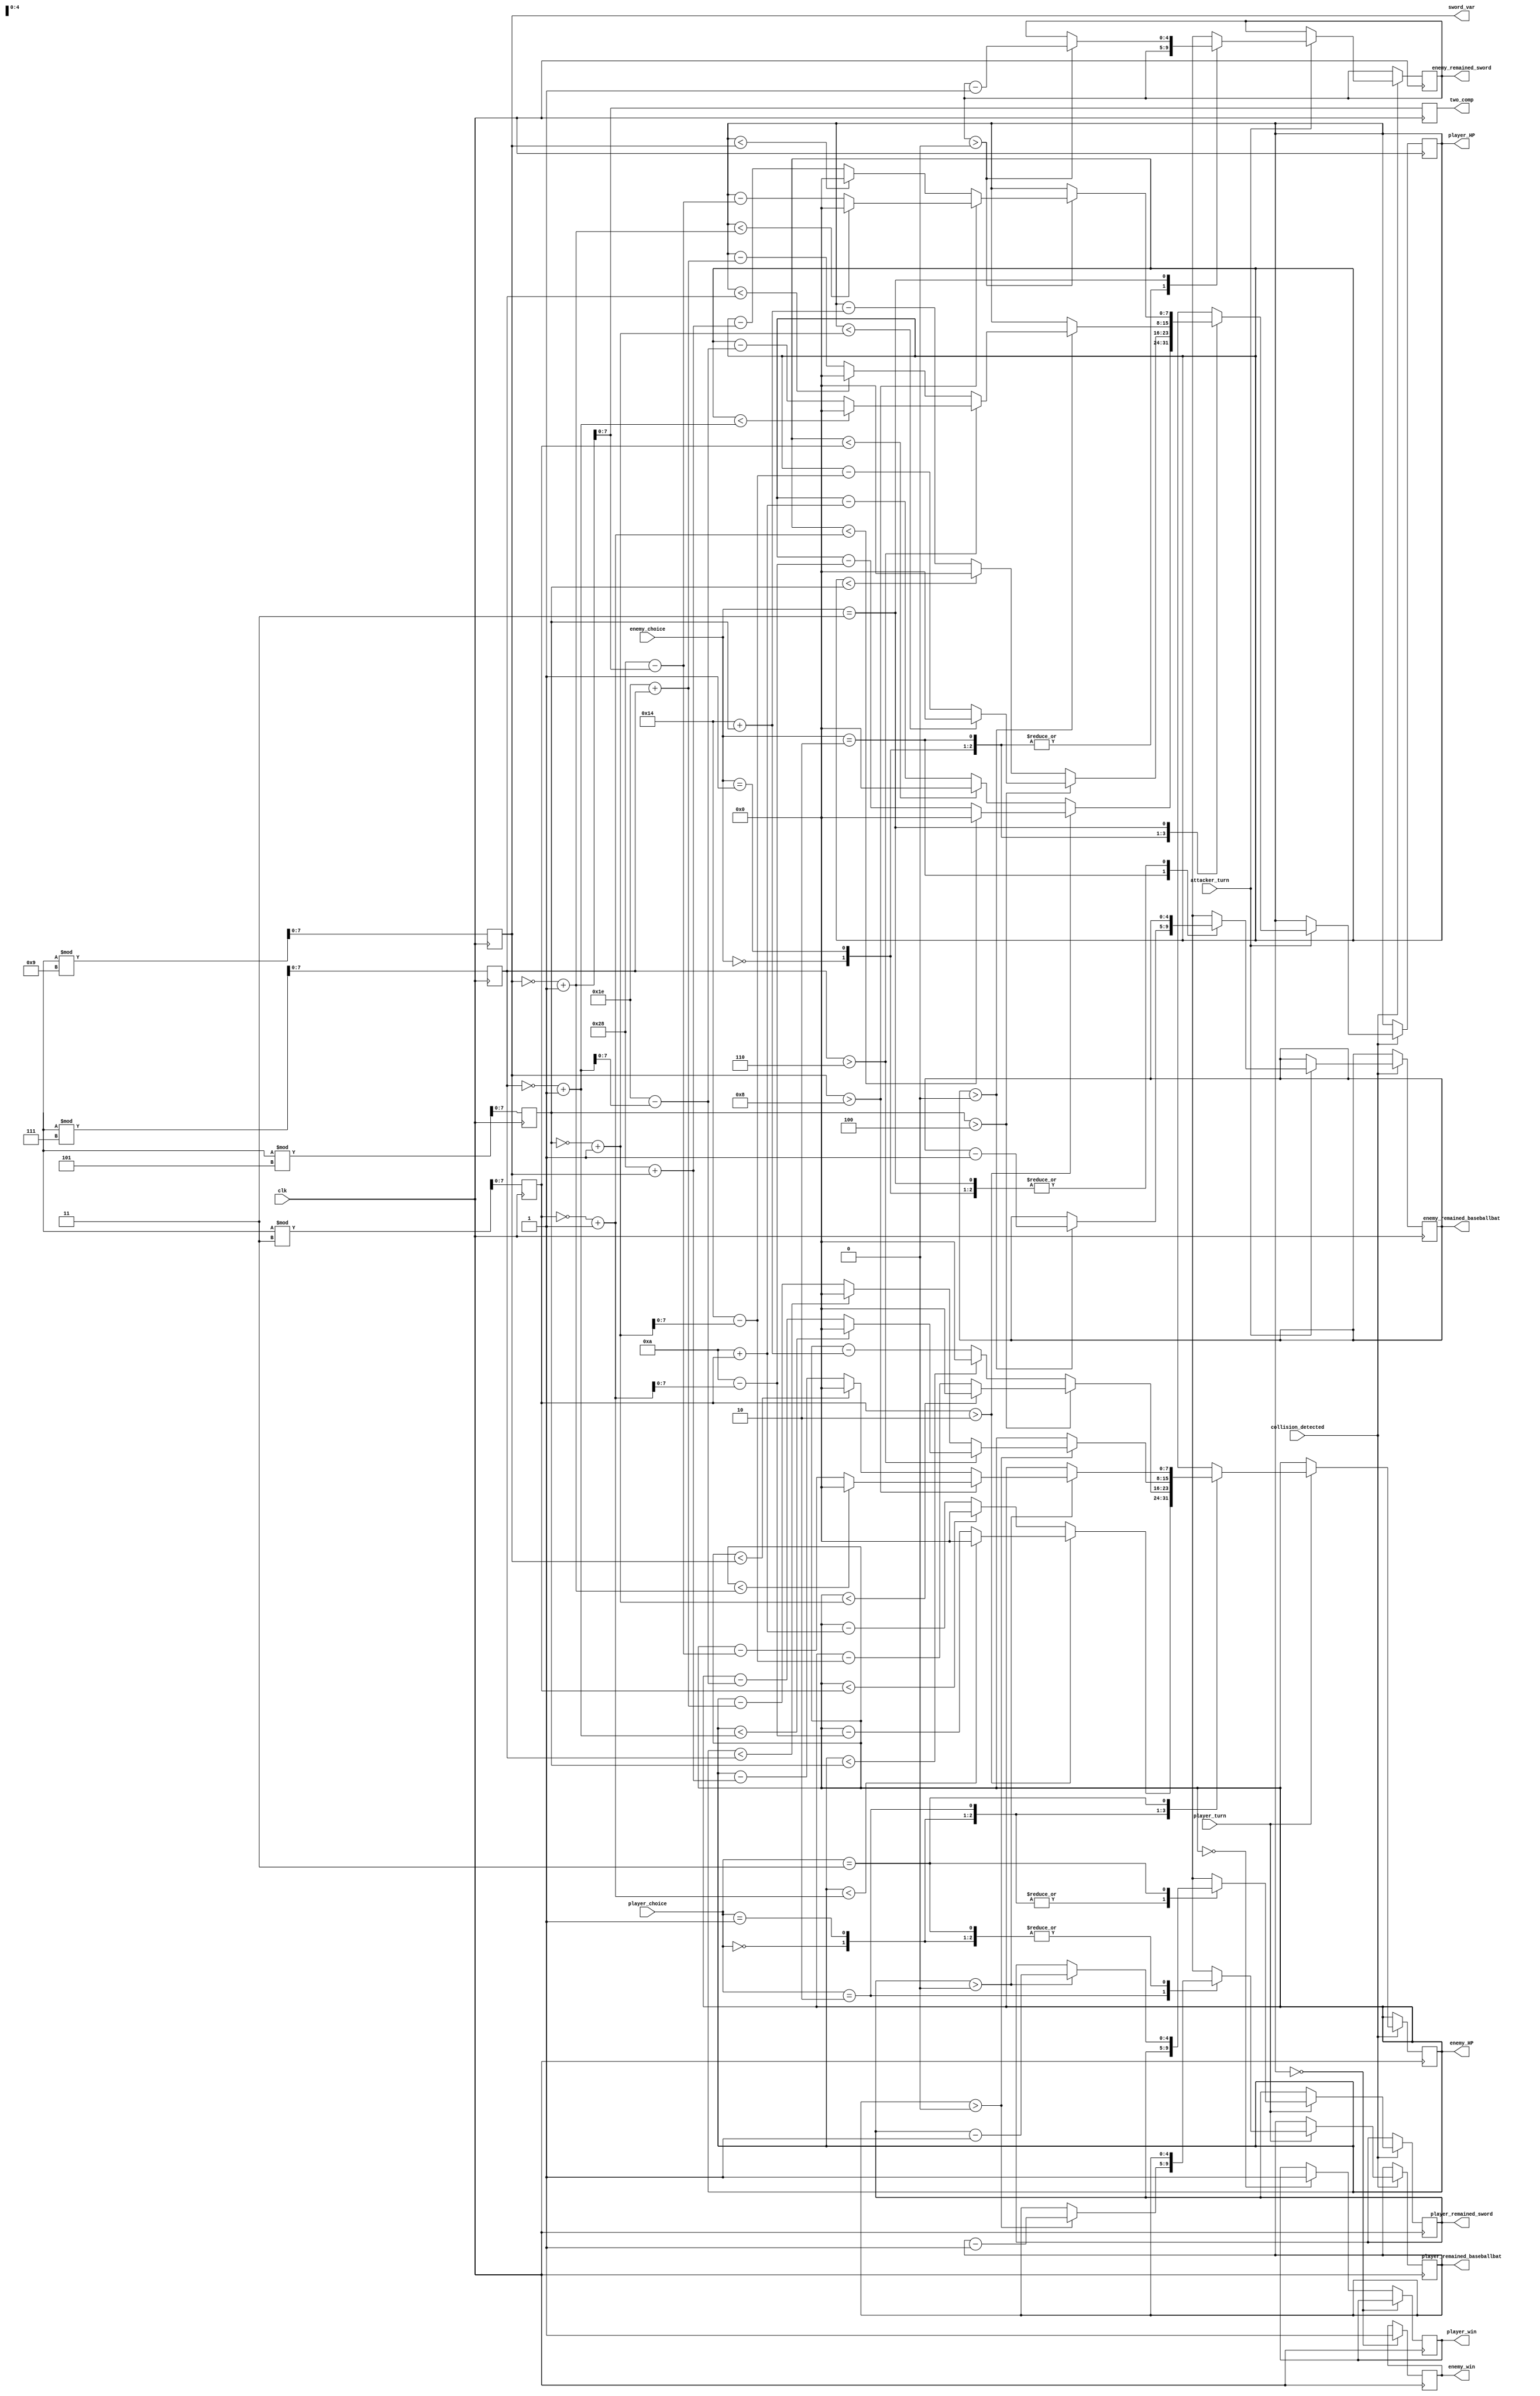
`timescale 1ns / 1ps
//////////////////////////////////////////////////////////////////////////////////
// Company: 
// Engineer: 
// 
// Design Name: 
// Module Name:    game_engin 
// Project Name: 
// Target Devices: 
// Tool versions: 
// Description: 
//
// Dependencies: 
//
// Revision: 
// Revision 0.01 - File Created
// Additional Comments: 
//
//////////////////////////////////////////////////////////////////////////////////
module new_game( input clk,
						 input collision_detected, // to start the battle
						 input [1:0] player_choice, // to choose attack type
						 input [1:0] enemy_choice,
						 input  player_turn,//it's decided based on the input keys 
						 input  attacker_turn,
						 output reg [7:0] player_HP, //player's health condition to be shown on the monitor
						 output reg [7:0] enemy_HP,
						 output reg [4:0] player_remained_sword,//punchs and kicks are infinite 
						 output reg [4:0] player_remained_baseballbat,//needed to be shown on the screen
						 output reg [4:0] enemy_remained_sword,
						 output reg [4:0] enemy_remained_baseballbat,
						 output reg player_win,
						 output reg enemy_win,
						 output reg [7:0] two_comp,
						 output reg [7:0] sword_var
    );


parameter P=2'b00, K=2'b01, B=2'b10, S=2'b11;
reg [7:0] pun_var, kick_var, bat_var;
///////////////////////////////////////////////////////////////////////////////////////////////////
//////////////////////////////////////////These initial numbers can be changed/////////////////////
///////////////////////////////////////////////////////////////////////////////////////////////////

initial
begin
player_HP = 8'd100;
enemy_HP = 8'd100;
end


initial
begin 
player_remained_sword = 5'd3;
player_remained_baseballbat = 5'd4;

enemy_remained_sword = 5'd3;
enemy_remained_baseballbat = 5'd4;
end

//Full Health Bar is 100
//We need to deciede on these numbers
//assign Punch_Accuracy = 100; 
//assign Puch_Power = 5; 
//assign Kick_Accuracy = 80;
//assign Kick_Power = 10;
//assign Sword_Accuracy = 40;
//assign Sword_Power = 20;
//assign BaseballBat_Accuracy = 30;
//assign BaseballBat_Power = 40;

//Strength levels should have overlap to to prevent the attackers from using different attack types in their power order



///////////////////////////////////////////////////////////////////////////////////////////////////
always @(posedge clk)
begin


pun_var = $random%3;
kick_var = $random%5;
bat_var = $random%7;
sword_var = $random%9;
	
if (player_HP == 0)
		enemy_win = 1'b1;
else if (enemy_HP == 0)
		player_win = 1'b1;
end
///////////////////////////////////////////////////////////////////////////////////////////////////
always @(posedge clk)
begin
if(collision_detected == 1)
begin
if (player_turn == 1)
begin
		case (player_choice)
		
			P: begin
					if (pun_var > 8'h02) begin
						if (enemy_HP < (~pun_var + 1))
							enemy_HP = 8'd0;
						else
							enemy_HP = enemy_HP - ( 8'd10 - (~pun_var + 1)); // 8-12
					end
					
					else begin
						if (enemy_HP < pun_var)
							enemy_HP = 8'd0;
						else
							enemy_HP = enemy_HP - ( 8'd10 + pun_var); // 8-12
					end
						
			end
			K:begin
					if (kick_var > 8'h04) begin
						if (enemy_HP < (~kick_var + 1))
							enemy_HP = 8'd0;
						else
							enemy_HP = enemy_HP - ( 8'd20 - (~kick_var + 1)); //16-24
					end
					
					else begin
						if (enemy_HP < kick_var)
							enemy_HP = 8'd0;
						else
							enemy_HP = enemy_HP - (8'd20 + kick_var); // 16-24
					end

			end
			
			B:begin
				if (player_remained_baseballbat > 0)
				begin
					if (bat_var > 8'h06) begin
						if (enemy_HP < (~bat_var + 1))
							enemy_HP = 8'd0;
						else
							enemy_HP = enemy_HP - (8'd30 - (~bat_var + 1));
					end
					
					else begin
						if (enemy_HP < bat_var)
							enemy_HP = 8'd0;
						else
							enemy_HP = enemy_HP - (8'd30 + bat_var); // 24-36
					end
					player_remained_baseballbat = player_remained_baseballbat - 1;
				end

				end
			
			S:begin
				if (player_remained_sword > 0)
				begin
					if (sword_var > 8'h08) begin
						if (enemy_HP < (~sword_var + 1))
							enemy_HP = 8'd0;
						else
							enemy_HP = enemy_HP -( 8'd40 - (~sword_var + 1));
					end
					
					else begin
						if (enemy_HP < sword_var)
							enemy_HP = 8'd0;
						else
							enemy_HP = enemy_HP - ( 8'd40 + sword_var); // 32-48
					end
					
					player_remained_sword = player_remained_sword - 1;
					
					end
				end
		endcase
end
end
end
//////////////////////////////////////some parts of the previous always block should be added here/////////////////////
always @(posedge clk)
begin
if(collision_detected == 1)
begin
if (attacker_turn == 1)
begin
		case (enemy_choice)
		
			P: begin
					if (pun_var > 8'h02) begin
						if (player_HP < (~pun_var + 1))
							player_HP = 8'd0;
						else
							player_HP = player_HP - ( 8'd10 - (~pun_var + 1));
					end
					
					else begin
						if (player_HP < pun_var)
							player_HP = 8'd0;
						else
							player_HP = player_HP - ( 8'd10 + pun_var); // 8-12
					end
					 
			end
			
			K:begin
					if (kick_var > 8'h04) begin
						if (player_HP < (~kick_var + 1))
							player_HP = 8'd0;
						else
							player_HP = player_HP - ( 8'd20 - (~kick_var + 1));
					end
					
					else begin
						if (player_HP < kick_var)
							player_HP = 8'd0;
						else
							player_HP = player_HP - (8'd20 + kick_var); // 16-24
					end
			end
			
			B:begin
				if (enemy_remained_baseballbat > 0)
				begin
					if (bat_var > 8'h06) begin
						if (player_HP < (~bat_var + 1))
								player_HP = 8'd0;
							else
								player_HP = player_HP -( 8'd30 - (~bat_var + 1));
					end
					
					else begin
						if (player_HP < bat_var)
							player_HP = 8'd0;
						else
							player_HP = player_HP - ( 8'd30 + bat_var); // 24-36
					end
					enemy_remained_baseballbat = enemy_remained_baseballbat - 1;
				end
			end
			
			S:begin
				if (enemy_remained_sword > 0)
				begin
					if (sword_var > 8'h08) begin
						if (player_HP < (~sword_var + 1))
							player_HP = 8'd0;
						else
							player_HP = player_HP - ( 8'd40 - (~sword_var + 1));
					end
					
					else begin
						if (player_HP < sword_var)
							player_HP = 8'd0;
						else
							player_HP = player_HP - ( 8'd40 + sword_var); // 32-48
					end
					
					enemy_remained_sword = enemy_remained_sword - 1;
				end
			end
		endcase
end
end
 two_comp = (~sword_var + 1);
end
///////////////////////////////////////////////////////////////////////////////////////////////////
endmodule